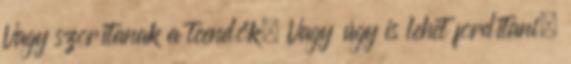
Vagy szorítanak a teendők. Vagy úgy is lehet fordítani,